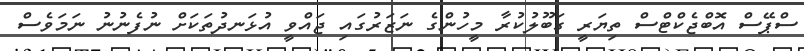
ސްޕޭސް އޮބްޖެކްޓްސް ތިޔަރީ ގަބޫލުކުރާ މީހުންގެ ނަޒަރުގައި ޖައްވީ އުޅަނދުތަކަށް ނުފެނުނު ނަމަވެސް